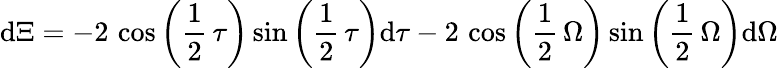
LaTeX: \mathrm{d}\Xi=-2\, \cos\left(\frac{1}{2}\, {\tau}\right)\sin\left(\frac{1}{2}\, {\tau}\right)\mathrm{d}{\tau}-2\, \cos\left(\frac{1}{2}\, {\Omega}\right)\sin\left(\frac{1}{2}\, {\Omega}\right)\mathrm{d}{\Omega}